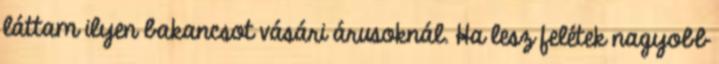
láttam ilyen bakancsot vásári árusoknál. Ha lesz felétek nagyobb